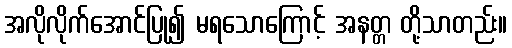
အလိုလိုက်အောင်ပြု၍ မရသောကြောင့် အနတ္တ တို့သာတည်း။